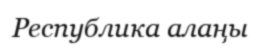
Республика алаңы